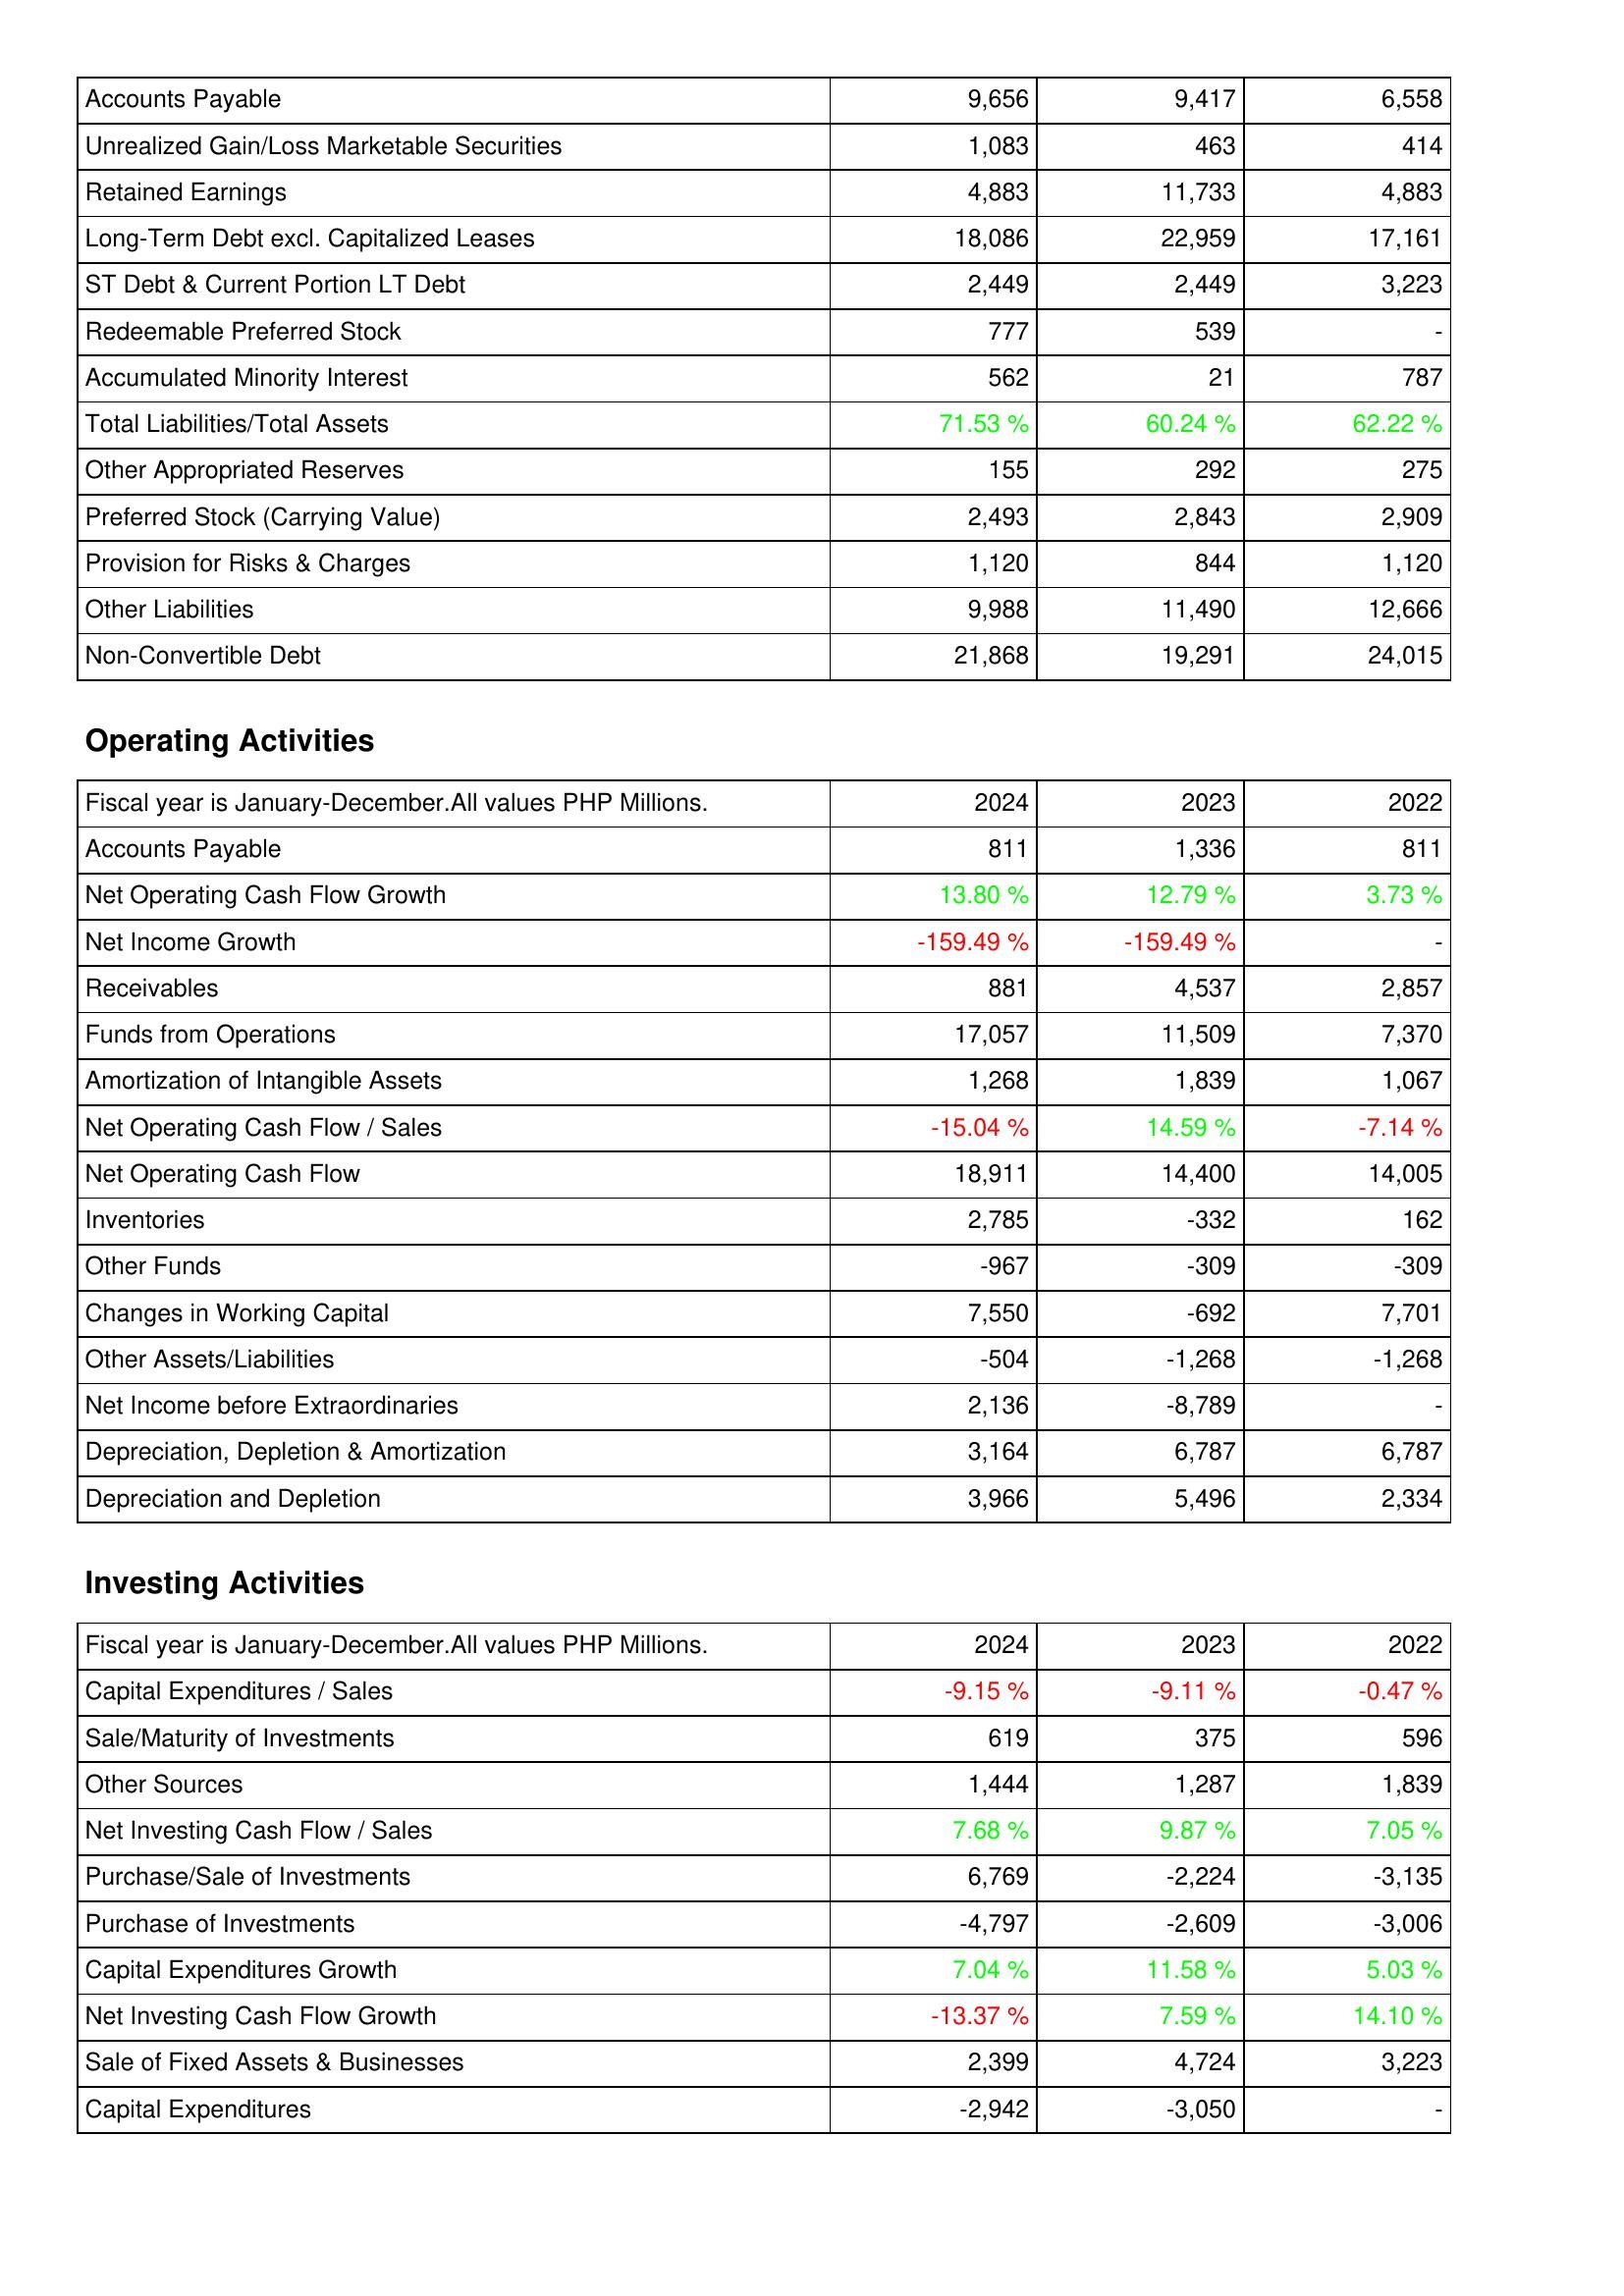
2024: Liabilities & Shareholders' Equity: Accounts Payable: 9,656
Unrealized Gain/Loss Marketable Securities: 1,083
Retained Earnings: 4,883
Long-Term Debt excl. Capitalized Leases: 18,086
ST Debt & Current Portion LT Debt: 2,449
Redeemable Preferred Stock: 777
Accumulated Minority Interest: 562
Total Liabilities/Total Assets: 71.53 %
Other Appropriated Reserves: 155
Preferred Stock (Carrying Value): 2,493
Provision for Risks & Charges: 1,120
Other Liabilities: 9,988
Non-Convertible Debt: 21,868
Operating Activities: Accounts Payable: 811
Net Operating Cash Flow Growth: 13.80 %
Net Income Growth: -159.49 %
Receivables: 881
Funds from Operations: 17,057
Amortization of Intangible Assets: 1,268
Net Operating Cash Flow / Sales: -15.04 %
Net Operating Cash Flow: 18,911
Inventories: 2,785
Other Funds: -967
Changes in Working Capital: 7,550
Other Assets/Liabilities: -504
Net Income before Extraordinaries: 2,136
Depreciation, Depletion & Amortization: 3,164
Depreciation and Depletion: 3,966
Investing Activities: Capital Expenditures / Sales: -9.15 %
Sale/Maturity of Investments: 619
Other Sources: 1,444
Net Investing Cash Flow / Sales: 7.68 %
Purchase/Sale of Investments: 6,769
Purchase of Investments: -4,797
Capital Expenditures Growth: 7.04 %
Net Investing Cash Flow Growth: -13.37 %
Sale of Fixed Assets & Businesses: 2,399
Capital Expenditures: -2,942
2023: Liabilities & Shareholders' Equity: Accounts Payable: 9,417
Unrealized Gain/Loss Marketable Securities: 463
Retained Earnings: 11,733
Long-Term Debt excl. Capitalized Leases: 22,959
ST Debt & Current Portion LT Debt: 2,449
Redeemable Preferred Stock: 539
Accumulated Minority Interest: 21
Total Liabilities/Total Assets: 60.24 %
Other Appropriated Reserves: 292
Preferred Stock (Carrying Value): 2,843
Provision for Risks & Charges: 844
Other Liabilities: 11,490
Non-Convertible Debt: 19,291
Operating Activities: Accounts Payable: 1,336
Net Operating Cash Flow Growth: 12.79 %
Net Income Growth: -159.49 %
Receivables: 4,537
Funds from Operations: 11,509
Amortization of Intangible Assets: 1,839
Net Operating Cash Flow / Sales: 14.59 %
Net Operating Cash Flow: 14,400
Inventories: -332
Other Funds: -309
Changes in Working Capital: -692
Other Assets/Liabilities: -1,268
Net Income before Extraordinaries: -8,789
Depreciation, Depletion & Amortization: 6,787
Depreciation and Depletion: 5,496
Investing Activities: Capital Expenditures / Sales: -9.11 %
Sale/Maturity of Investments: 375
Other Sources: 1,287
Net Investing Cash Flow / Sales: 9.87 %
Purchase/Sale of Investments: -2,224
Purchase of Investments: -2,609
Capital Expenditures Growth: 11.58 %
Net Investing Cash Flow Growth: 7.59 %
Sale of Fixed Assets & Businesses: 4,724
Capital Expenditures: -3,050
2022: Liabilities & Shareholders' Equity: Accounts Payable: 6,558
Unrealized Gain/Loss Marketable Securities: 414
Retained Earnings: 4,883
Long-Term Debt excl. Capitalized Leases: 17,161
ST Debt & Current Portion LT Debt: 3,223
Redeemable Preferred Stock: -
Accumulated Minority Interest: 787
Total Liabilities/Total Assets: 62.22 %
Other Appropriated Reserves: 275
Preferred Stock (Carrying Value): 2,909
Provision for Risks & Charges: 1,120
Other Liabilities: 12,666
Non-Convertible Debt: 24,015
Operating Activities: Accounts Payable: 811
Net Operating Cash Flow Growth: 3.73 %
Net Income Growth: -
Receivables: 2,857
Funds from Operations: 7,370
Amortization of Intangible Assets: 1,067
Net Operating Cash Flow / Sales: -7.14 %
Net Operating Cash Flow: 14,005
Inventories: 162
Other Funds: -309
Changes in Working Capital: 7,701
Other Assets/Liabilities: -1,268
Net Income before Extraordinaries: -
Depreciation, Depletion & Amortization: 6,787
Depreciation and Depletion: 2,334
Investing Activities: Capital Expenditures / Sales: -0.47 %
Sale/Maturity of Investments: 596
Other Sources: 1,839
Net Investing Cash Flow / Sales: 7.05 %
Purchase/Sale of Investments: -3,135
Purchase of Investments: -3,006
Capital Expenditures Growth: 5.03 %
Net Investing Cash Flow Growth: 14.10 %
Sale of Fixed Assets & Businesses: 3,223
Capital Expenditures: -